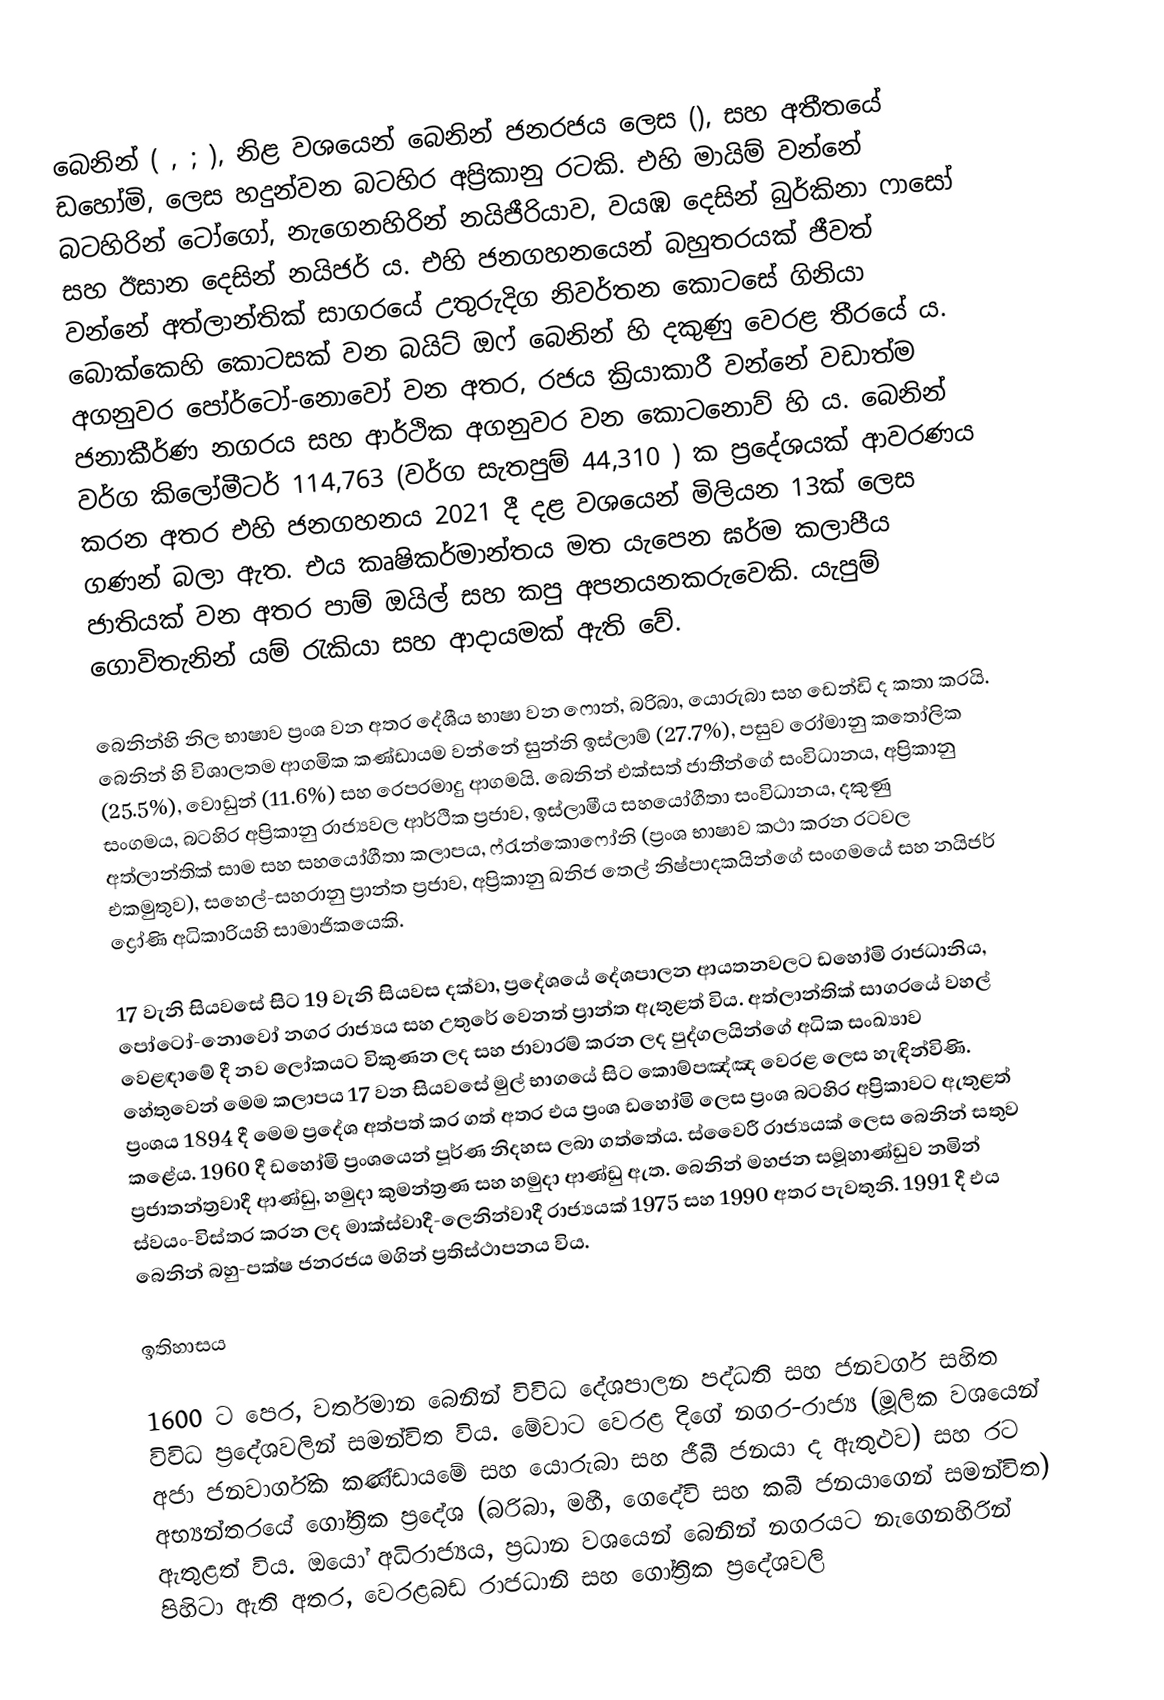
බෙනින් ( ,  ;  ), නිළ වශයෙන් බෙනින් ජනරජය ලෙස (), සහ අතීතයේ ඩහෝමි, ලෙස හදුන්වන බටහිර අප්‍රිකානු රටකි. එහි මායිම් වන්නේ බටහිරින් ටෝගෝ, නැගෙනහිරින් නයිජීරියාව, වයඹ දෙසින් බුර්කිනා ෆාසෝ සහ ඊසාන දෙසින් නයිජර් ය. එහි ජනගහනයෙන් බහුතරයක් ජීවත් වන්නේ අත්ලාන්තික් සාගරයේ උතුරුදිග නිවර්තන කොටසේ ගිනියා බොක්කෙහි කොටසක් වන බයිට් ඔෆ් බෙනින් හි දකුණු වෙරළ තීරයේ ය. අගනුවර පෝර්ටෝ-නොවෝ වන අතර, රජය ක්‍රියාකාරී වන්නේ වඩාත්ම ජනාකීර්ණ නගරය සහ ආර්ථික අගනුවර වන කොටනොව් හි ය. බෙනින් වර්ග කිලෝමීටර් 114,763 (වර්ග සැතපුම් 44,310 ) ක ප්‍රදේශයක් ආවරණය කරන අතර එහි ජනගහනය 2021 දී දළ වශයෙන් මිලියන 13ක් ලෙස ගණන් බලා ඇත. එය කෘෂිකර්මාන්තය මත යැපෙන ඝර්ම කලාපීය ජාතියක් වන අතර පාම් ඔයිල් සහ කපු අපනයනකරුවෙකි. යැපුම් ගොවිතැනින් යම් රැකියා සහ ආදායමක් ඇති වේ.

බෙනින්හි නිල භාෂාව ප්‍රංශ වන අතර දේශීය භාෂා වන ෆොන්, බරිබා, යොරුබා සහ ඩෙන්ඩි ද කතා කරයි. බෙනින් හි විශාලතම ආගමික කණ්ඩායම වන්නේ සුන්නි ඉස්ලාම් (27.7%), පසුව රෝමානු කතෝලික (25.5%), වොඩුන් (11.6%) සහ රෙපරමාදු ආගමයි. බෙනින් එක්සත් ජාතීන්ගේ සංවිධානය, අප්‍රිකානු සංගමය, බටහිර අප්‍රිකානු රාජ්‍යවල ආර්ථික ප්‍රජාව, ඉස්ලාමීය සහයෝගීතා සංවිධානය, දකුණු අත්ලාන්තික් සාම සහ සහයෝගීතා කලාපය, ෆ්රැන්කොෆෝනි (ප්‍රංශ භාෂාව කථා කරන රටවල එකමුතුව), සහෙල්-සහරානු ප්‍රාන්ත ප්‍රජාව, අප්‍රිකානු ඛනිජ තෙල් නිෂ්පාදකයින්ගේ සංගමයේ සහ නයිජර් ද්‍රෝණි අධිකාරියහි සාමාජිකයෙකි.

17 වැනි සියවසේ සිට 19 වැනි සියවස දක්වා, ප්‍රදේශයේ දේශපාලන ආයතනවලට ඩහෝමි රාජධානිය, පෝටෝ-නොවෝ නගර රාජ්‍යය සහ උතුරේ වෙනත් ප්‍රාන්ත ඇතුළත් විය. අත්ලාන්තික් සාගරයේ වහල් වෙළඳාමේ දී නව ලෝකයට විකුණන ලද සහ ජාවාරම් කරන ලද පුද්ගලයින්ගේ අධික සංඛ්‍යාව හේතුවෙන් මෙම කලාපය 17 වන සියවසේ මුල් භාගයේ සිට කොම්පඤ්ඤ වෙරළ ලෙස හැඳින්විණි. ප්‍රංශය 1894 දී මෙම ප්‍රදේශ අත්පත් කර ගත් අතර එය ප්‍රංශ ඩහෝමි ලෙස ප්‍රංශ බටහිර අප්‍රිකාවට ඇතුළත් කළේය. 1960 දී ඩහෝමි ප්‍රංශයෙන් පූර්ණ නිදහස ලබා ගත්තේය. ස්වෛරී රාජ්‍යයක් ලෙස බෙනින් සතුව ප්‍රජාතන්ත්‍රවාදී ආණ්ඩු, හමුදා කුමන්ත්‍රණ සහ හමුදා ආණ්ඩු ඇත. බෙනින් මහජන සමූහාණ්ඩුව නමින් ස්වයං-විස්තර කරන ලද මාක්ස්වාදී-ලෙනින්වාදී රාජ්‍යයක් 1975 සහ 1990 අතර පැවතුනි. 1991 දී එය බෙනින් බහු-පක්ෂ ජනරජය මගින් ප්‍රතිස්ථාපනය විය.

ඉතිහාසය

1600 ට පෙර, වර්තමාන බෙනින් විවිධ දේශපාලන පද්ධති සහ ජනවර්ග සහිත විවිධ ප්‍රදේශවලින් සමන්විත විය. මේවාට වෙරළ දිගේ නගර-රාජ්‍ය (මූලික වශයෙන් අජා ජනවාර්ගික කණ්ඩායමේ සහ යොරුබා සහ ජීබී ජනයා ද ඇතුළුව) සහ රට අභ්‍යන්තරයේ ගෝත්‍රික ප්‍රදේශ (බරිබා, මහී, ගෙදේවි සහ කබී ජනයාගෙන් සමන්විත) ඇතුළත් විය. ඔයෝ අධිරාජ්‍යය, ප්‍රධාන වශයෙන් බෙනින් නගරයට නැගෙනහිරින් පිහිටා ඇති අතර, වෙරළබඩ රාජධානි සහ ගෝත්‍රික ප්‍රදේශවලි